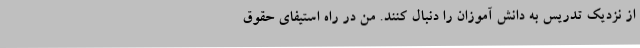
از نزدیک تدریس به دانش آموزان را دنبال کنند. من در راه استیفای حقوق